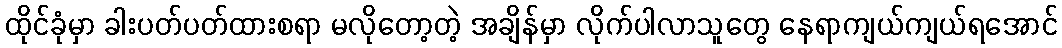
ထိုင်ခုံမှာ ခါးပတ်ပတ်ထားစရာ မလိုတော့တဲ့ အချိန်မှာ လိုက်ပါလာသူတွေ နေရာကျယ်ကျယ်ရအောင်